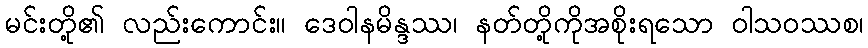
မင်းတို့၏ လည်းကောင်း။ ဒေဝါနမိန္ဒဿ၊ နတ်တို့ကိုအစိုးရသော ဝါသဝဿစ၊